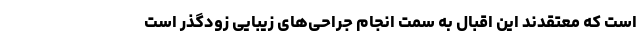
است که معتقدند این اقبال به سمت انجام جراحی‌های زیبایی زودگذر است